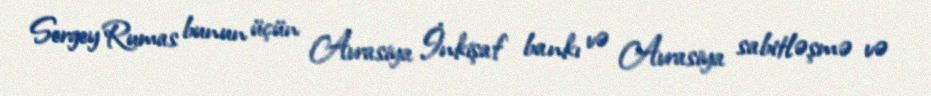
Sergey Rumas bunun üçün Avrasiya İnkişaf bankı və Avrasiya sabitləşmə və